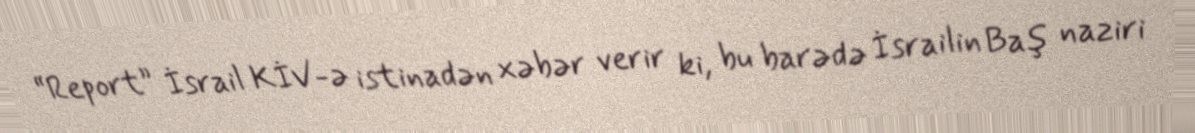
“Report” İsrail KİV-ə istinadən xəbər verir ki, bu barədə İsrailin Baş naziri